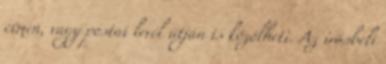
címen, vagy postai levél útján is közölheti. Az írásbeli